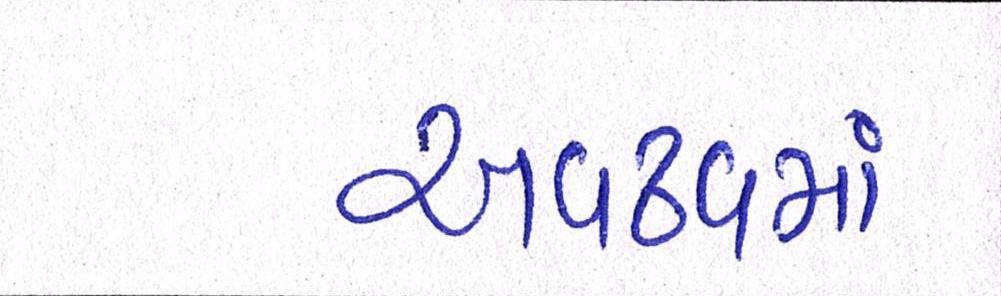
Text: અવઢવમાં